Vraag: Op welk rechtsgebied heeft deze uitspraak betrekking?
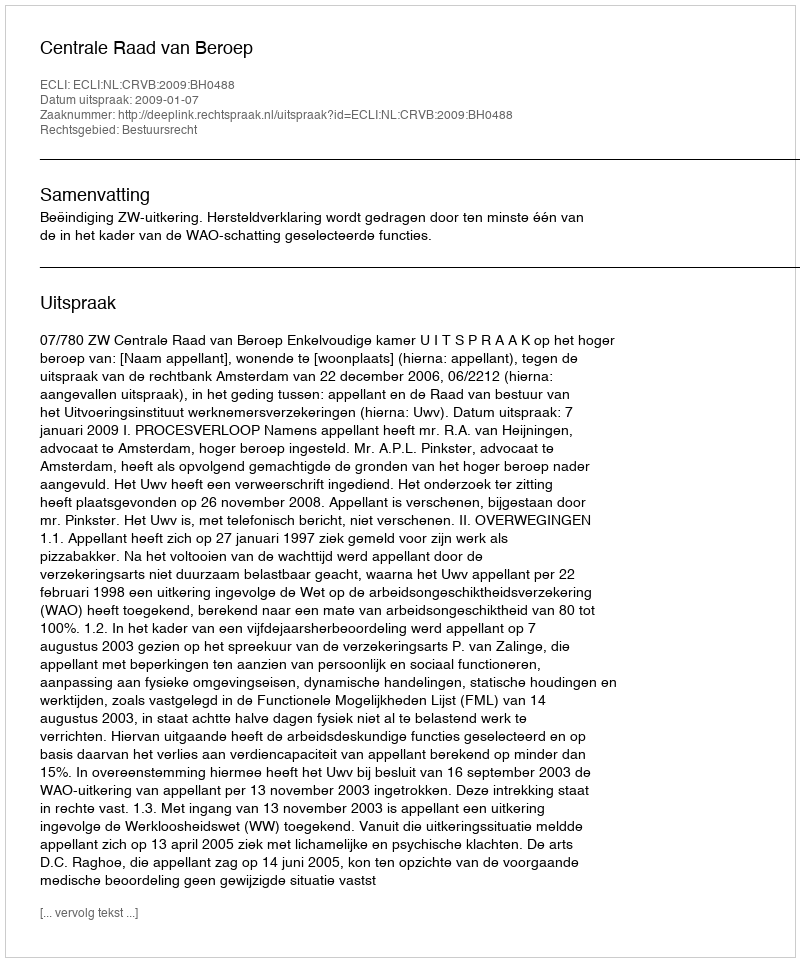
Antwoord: Bestuursrecht